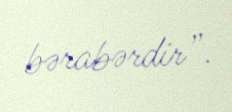
bərabərdir”.